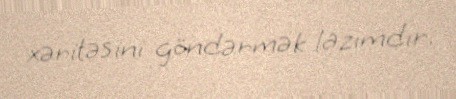
xəritəsini göndərmək lazımdır.